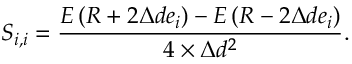
{ S } _ { { i } , { i } } = \frac { { E } \left( \boldsymbol { R } + 2 \Delta { d } \boldsymbol { e } _ { i } \right) - E \left( \boldsymbol { R } - 2 \Delta { d } \boldsymbol { e } _ { i } \right) } { 4 \times \Delta { d } ^ { 2 } } .